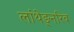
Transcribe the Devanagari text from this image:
लांथेङ्नरिब